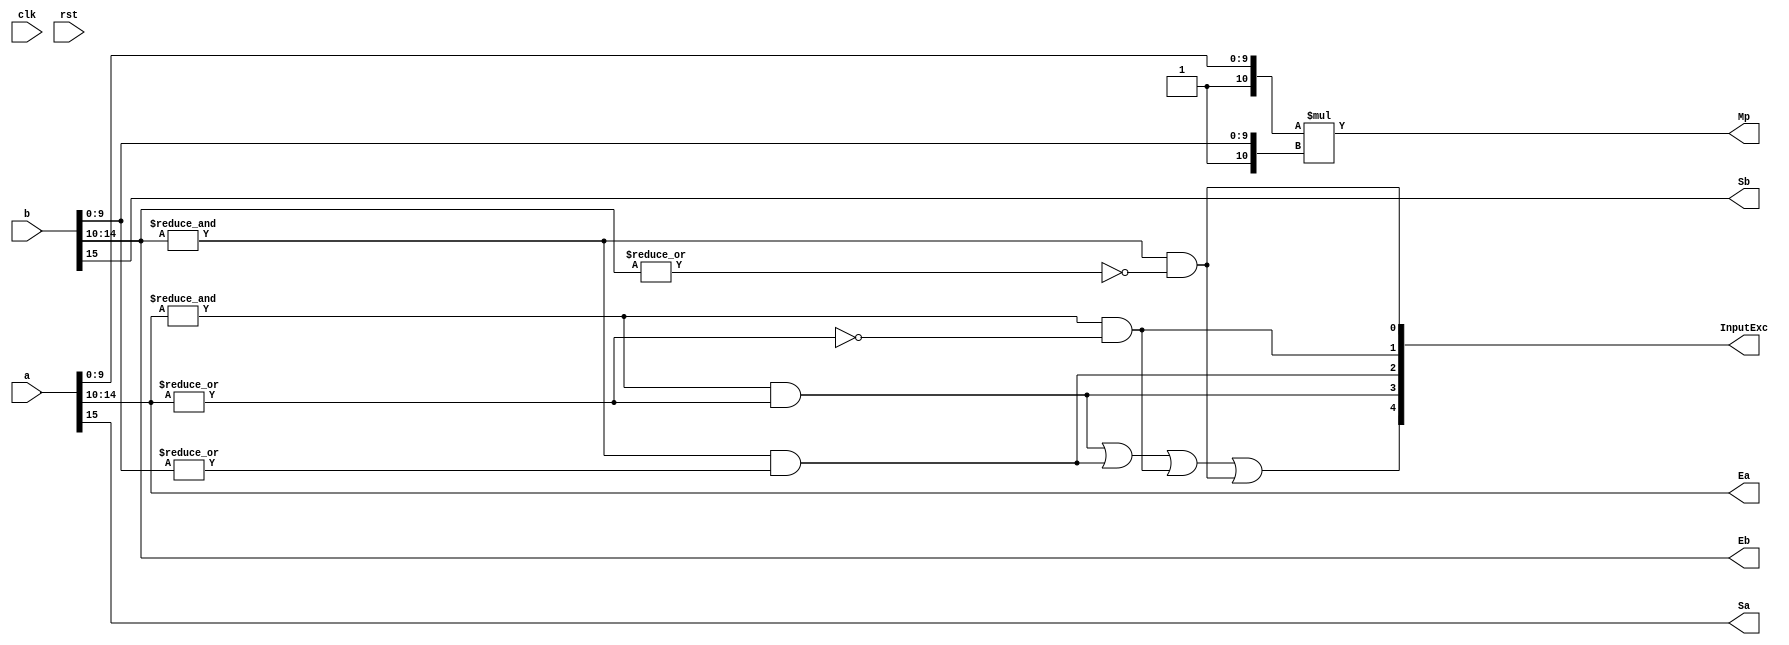
`define EXPONENT 5
`define MANTISSA 10
`define ACTUAL_MANTISSA 11
`define EXPONENT_LSB 10
`define EXPONENT_MSB 14
`define MANTISSA_LSB 0
`define MANTISSA_MSB 9
`define MANTISSA_MUL_SPLIT_LSB 3
`define MANTISSA_MUL_SPLIT_MSB 9
`define SIGN 1
`define SIGN_LOC 15
`define DWIDTH (`SIGN+`EXPONENT+`MANTISSA)
`define IEEE_COMPLIANCE 1

module FPMult_PrepModule (
		clk,
		rst,
		a,
		b,
		Sa,
		Sb,
		Ea,
		Eb,
		Mp,
		InputExc
	);
	
	// Input ports
	input clk ;
	input rst ;
	input [`DWIDTH-1:0] a ;								// Input A, a 32-bit floating point number
	input [`DWIDTH-1:0] b ;								// Input B, a 32-bit floating point number
	
	// Output ports
	output Sa ;										// A's sign
	output Sb ;										// B's sign
	output [`EXPONENT-1:0] Ea ;								// A's exponent
	output [`EXPONENT-1:0] Eb ;								// B's exponent
	output [2*`MANTISSA+1:0] Mp ;							// Mantissa product
	output [4:0] InputExc ;						// Input numbers are exceptions
	
	// Internal signals							// If signal is high...
	wire ANaN ;										// A is a signalling NaN
	wire BNaN ;										// B is a signalling NaN
	wire AInf ;										// A is infinity
	wire BInf ;										// B is infinity
    wire [`MANTISSA-1:0] Ma;
    wire [`MANTISSA-1:0] Mb;
	
	assign ANaN = &(a[`DWIDTH-2:`MANTISSA]) &  |(a[`DWIDTH-2:`MANTISSA]) ;			// All one exponent and not all zero mantissa - NaN
	assign BNaN = &(b[`DWIDTH-2:`MANTISSA]) &  |(b[`MANTISSA-1:0]);			// All one exponent and not all zero mantissa - NaN
	assign AInf = &(a[`DWIDTH-2:`MANTISSA]) & ~|(a[`DWIDTH-2:`MANTISSA]) ;		// All one exponent and all zero mantissa - Infinity
	assign BInf = &(b[`DWIDTH-2:`MANTISSA]) & ~|(b[`DWIDTH-2:`MANTISSA]) ;		// All one exponent and all zero mantissa - Infinity
	
	// Check for any exceptions and put all flags into exception vector
	assign InputExc = {(ANaN | BNaN | AInf | BInf), ANaN, BNaN, AInf, BInf} ;
	//assign InputExc = {(ANaN | ANaN | BNaN |BNaN), ANaN, ANaN, BNaN,BNaN} ;
	
	// Take input numbers apart
	assign Sa = a[`DWIDTH-1] ;							// A's sign
	assign Sb = b[`DWIDTH-1] ;							// B's sign
	assign Ea = a[`DWIDTH-2:`MANTISSA];						// Store A's exponent in Ea, unless A is an exception
	assign Eb = b[`DWIDTH-2:`MANTISSA];						// Store B's exponent in Eb, unless B is an exception	
//    assign Ma = a[`MANTISSA_MSB:`MANTISSA_LSB];
  //  assign Mb = b[`MANTISSA_MSB:`MANTISSA_LSB];
	


	//assign Mp = ({4'b0001, a[`MANTISSA-1:0]}*{4'b0001, b[`MANTISSA-1:9]}) ;
	assign Mp = ({1'b1,a[`MANTISSA-1:0]}*{1'b1, b[`MANTISSA-1:0]}) ;

	
    //We multiply part of the mantissa here
    //Full mantissa of A
    //Bits MANTISSA_MUL_SPLIT_MSB:MANTISSA_MUL_SPLIT_LSB of B
   // wire [`ACTUAL_MANTISSA-1:0] inp_A;
   // wire [`ACTUAL_MANTISSA-1:0] inp_B;
   // assign inp_A = {1'b1, Ma};
   // assign inp_B = {{(`MANTISSA-(`MANTISSA_MUL_SPLIT_MSB-`MANTISSA_MUL_SPLIT_LSB+1)){1'b0}}, 1'b1, Mb[`MANTISSA_MUL_SPLIT_MSB:`MANTISSA_MUL_SPLIT_LSB]};
   // DW02_mult #(`ACTUAL_MANTISSA,`ACTUAL_MANTISSA) u_mult(.A(inp_A), .B(inp_B), .TC(1'b0), .PRODUCT(Mp));
endmodule